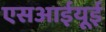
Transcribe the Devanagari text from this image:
एसआईयूई